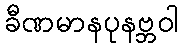
ခီဏမာနပုနဗ္ဘဝါ